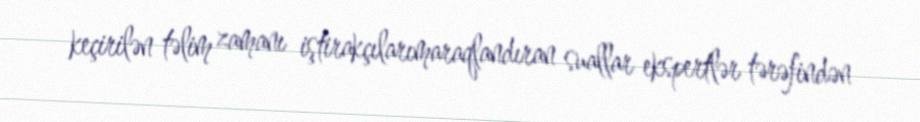
keçirilən təlim zamanı iştirakçılarımaraqlandıran suallar ekspertlər tərəfindən